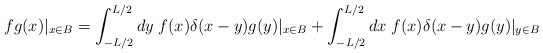
\begin{align*}fg(x)|_{x\in B}=\int_{-L/2}^{L/2}dy\;f(x)\delta(x-y)g(y)|_{x\in B}+\int_{-L/2}^{L/2}dx \;f(x)\delta(x-y)g(y)|_{y\in B}\end{align*}